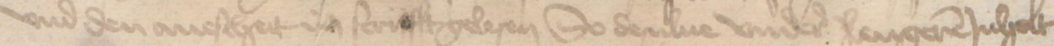
vnd den auescheit in scrifft gelesen So desulue vndere langeren Jnholt